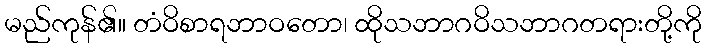
မည်ကုန်၏။ တံဝိစာရဘာဝတော၊ ထိုသဘာဂဝိသဘာဂတရားတို့ကို